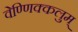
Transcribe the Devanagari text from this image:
वेण्णिक्कलुम्